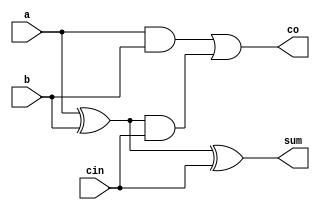
module full_adder(a,b,cin,sum,co);
  input a,b,cin;
  output sum,co;
  xor(s1,a,b);
  and(c1,a,b);
  xor(sum,s1,cin);
  and(c2,s1,cin);
  or(co,c1,c2);
endmodule